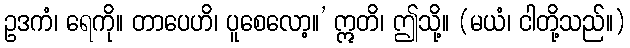
ဥဒကံ၊ ရေကို။ တာပေဟိ၊ ပူစေလော့။’ ဣတိ၊ ဤသို့။ (မယံ၊ ငါတို့သည်။)